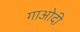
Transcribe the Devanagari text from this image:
गाओदी